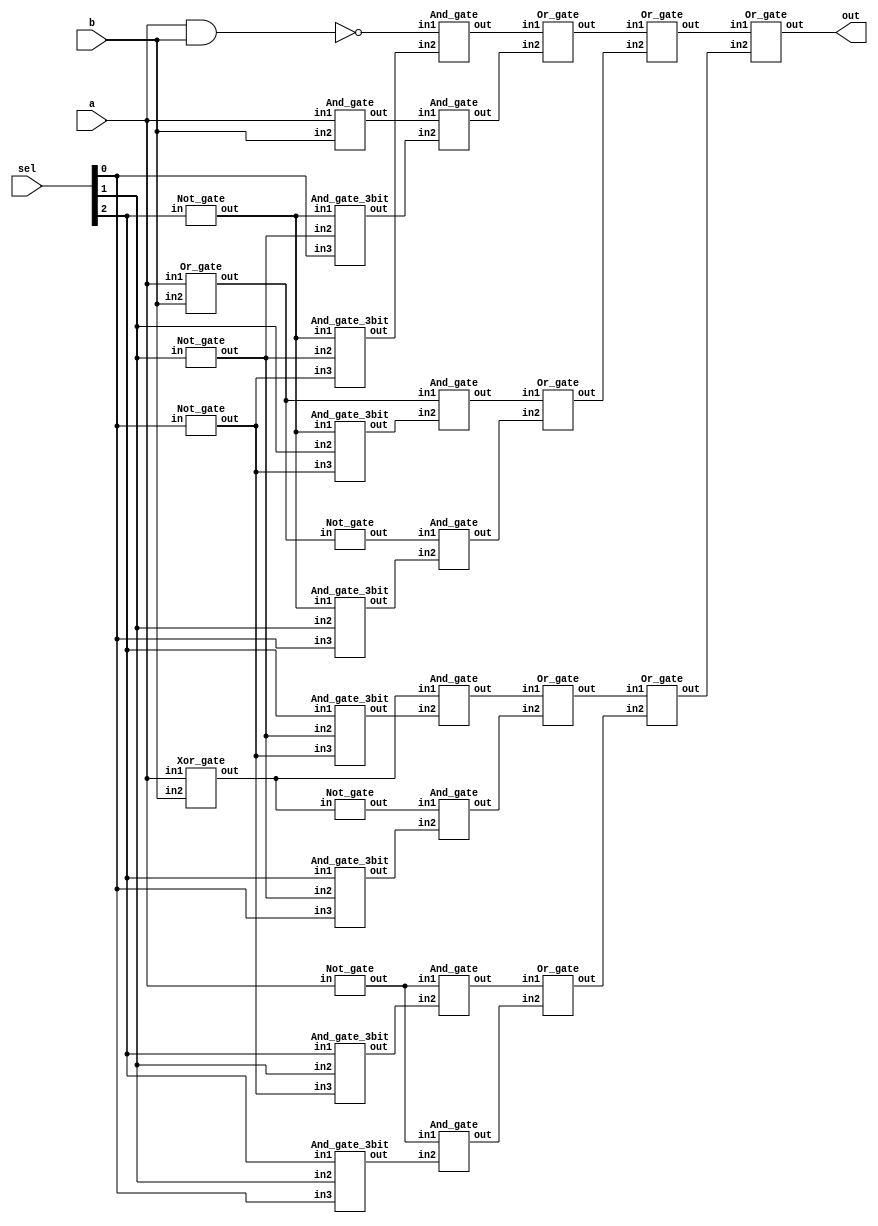
`timescale 1ns/1ps

module NAND_Implement (a, b, sel, out);
input a, b;
input [3-1:0] sel;
output out;
wire n_sel0, n_sel1, n_sel2;
wire sel0, sel1, sel2, sel3;
wire sel4, sel5, sel6, sel7;
wire a_nand_b, a_and_b, a_or_b, a_nor_b;
wire a_xor_b, a_xnor_b, n_a;
wire temp0, temp1, temp2, temp3;
wire temp4, temp5, temp6, temp7;
wire t01, t23, t45, t67;
wire t0123, t4567;
Not_gate n0(n_sel0, sel[0]);
Not_gate n1(n_sel1, sel[1]);
Not_gate n2(n_sel2, sel[2]);
And_gate_3bit a0(sel0, n_sel2, n_sel1, n_sel0);//000
And_gate_3bit a1(sel1, n_sel2, n_sel1, sel[0]);//001
And_gate_3bit a2(sel2, n_sel2, sel[1], n_sel0);//010
And_gate_3bit a3(sel3, n_sel2, sel[1], sel[0]);//011
And_gate_3bit a4(sel4, sel[2], n_sel1, n_sel0);//100
And_gate_3bit a5(sel5, sel[2], n_sel1, sel[0]);//101
And_gate_3bit a6(sel6, sel[2], sel[1], n_sel0);//110
And_gate_3bit a7(sel7, sel[2], sel[1], sel[0]);//111

nand na0(a_nand_b, a, b);
And_gate an0(a_and_b, a, b);
Or_gate o0(a_or_b, a, b);
Not_gate n3(a_nor_b, a_or_b);
Xor_gate o1(a_xor_b, a, b);
Not_gate n6(a_xnor_b, a_xor_b);
Not_gate n4(n_a, a);

And_gate an3(temp0, a_nand_b, sel0);
And_gate an4(temp1, a_and_b, sel1);
And_gate an5(temp2, a_or_b, sel2);
And_gate an6(temp3, a_nor_b, sel3);
And_gate an7(temp4, a_xor_b, sel4);
And_gate an8(temp5, a_xnor_b, sel5);
And_gate an9(temp6, n_a, sel6);
And_gate an10(temp7, n_a, sel7);

Or_gate o2(t01, temp0, temp1);
Or_gate o3(t23, temp2, temp3);
Or_gate o4(t45, temp4, temp5);
Or_gate o5(t67, temp6, temp7);
Or_gate o6(t0123, t01, t23);
Or_gate o7(t4567, t45, t67);
Or_gate o8(out, t0123, t4567);

endmodule

module Not_gate(out, in);
input in;
output out;
nand n0(out, in, in);
endmodule

module Or_gate(out, in1, in2);
input in1, in2;
output out;
wire n_in1, n_in2;
Not_gate n0(n_in1, in1);
Not_gate n1(n_in2, in2);
nand n2(out, n_in1, n_in2);
endmodule

module And_gate(out, in1, in2);
input in1, in2;
output out;
wire n_in1, n_in2;
wire n_in1_Or_n_in2;
Not_gate n0(n_in1, in1);
Not_gate n1(n_in2, in2);
Or_gate o0(n_in1_Or_n_in2, n_in1, n_in2);
Not_gate n2(out, n_in1_Or_n_in2);
endmodule

module Xor_gate(out, in1, in2);
input in1, in2;
output out;
wire n_in1, n_in2;
wire nin1_in2, in1_nin2;
Not_gate n4(n_in1, in1);
Not_gate n5(n_in2, in2);

And_gate an1(nin1_in2, n_in1, in2);
And_gate an2(in1_nin2, in1, n_in2);
Or_gate o1(out, nin1_in2, in1_nin2);

endmodule

module And_gate_3bit(out, in1, in2, in3);
input in1, in2, in3;
output out;
wire in1_and_in2;
And_gate a0(in1_and_in2, in1, in2);
And_gate a1(out, in3, in1_and_in2);
endmodule